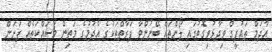
އާދަމް ތައުފީގް ވިދާޅުވިގޮތުގައި ލޯންތައް ބޭނުންވާ ފަރާތްތަކުގެ އެދުމުގެ މަތިން މަސައްކަތެއް ފަށަން